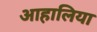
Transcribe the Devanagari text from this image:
आहालिया